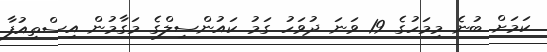
ކަމަށް ބުނެ މިމަހުގެ 19 ވަނަ ދުވަހު ގަމު ކައުންސިލްގެ މަގާމުން އިސްތިއުފާ